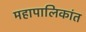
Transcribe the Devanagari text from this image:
महापालिकांत